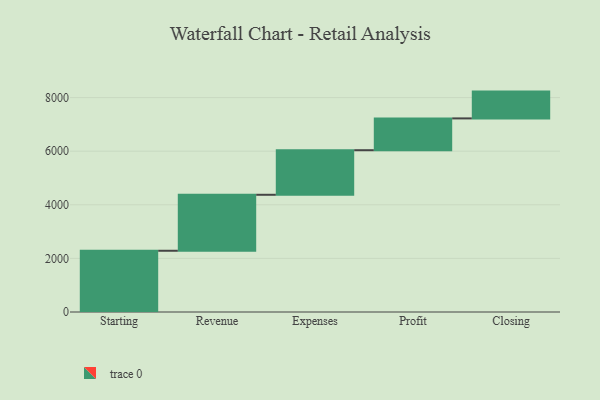
{"axis": {"x": "Step", "y": "Value"}, "legend": [""], "data": [{"x": "Starting", "y": 2285.0, "type": ""}, {"x": "Revenue", "y": 2089.0, "type": ""}, {"x": "Expenses", "y": 1663.0, "type": ""}, {"x": "Profit", "y": 1187.0, "type": ""}, {"x": "Closing", "y": 1000, "type": ""}]}